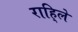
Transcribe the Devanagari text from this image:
राहि्ले